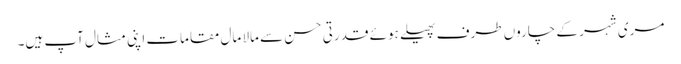
مری شہر کے چاروں طرف پھیلے ہوئے قدرتی حسن سے مالا مال مقامات اپنی مثال آپ ہیں۔